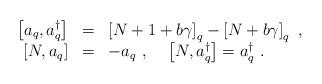
LaTeX: \begin{align*}\begin{array}{rcl}\displaystyle \left[a_q,a_q^\dagger\right]&=&\left[N+1+b\gamma\right]_q-\left[N+b\gamma\right]_q~,\\\displaystyle \left[N, a_q\right]&=&-a_q~,~~~\displaystyle \left[N, a_q^\dagger\right]=a_q^\dagger~.\end{array}\end{align*}